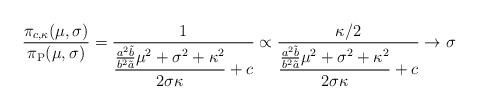
\begin{align*}\frac{\pi_{c,\kappa}(\mu,\sigma)}{\pi_\mathrm{P}(\mu,\sigma)} =\frac{1}{\displaystyle \frac{\frac{a^2\tilde{b}}{b^2\tilde{a}} \mu^2 + \sigma^2 + \kappa^2}{2\sigma \kappa}+c}\propto\frac{\kappa/2}{\displaystyle \frac{\frac{a^2\tilde{b}}{b^2\tilde{a}} \mu^2 + \sigma^2 + \kappa^2}{2\sigma \kappa}+c}\rightarrow\sigma\end{align*}